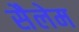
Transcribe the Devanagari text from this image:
सैलेम